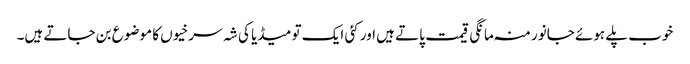
خوب پلے ہوئے جانور منہ مانگی قیمت پاتے ہیں اور کئی ایک تو میڈیا کی شہ سرخیوں کا موضوع بن جاتے ہیں۔